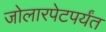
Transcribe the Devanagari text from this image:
जोलारपेटपर्यंत